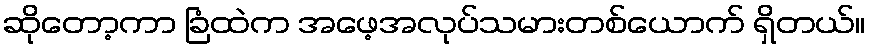
ဆိုတော့ကာ ခြံထဲက အဖေ့အလုပ်သမားတစ်ယောက် ရှိတယ်။